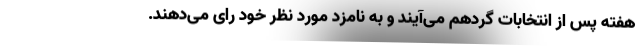
هفته پس از انتخابات گردهم می‌آیند و به نامزد مورد نظر خود رای می‌دهند.